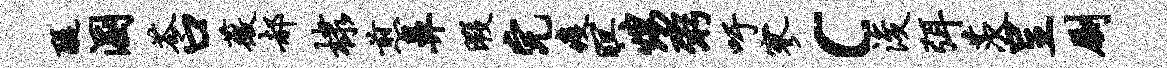
醍溷苓口薇郝棣煎鼻暇完疫暝甥粥吁寥c浚弭茨呈劂